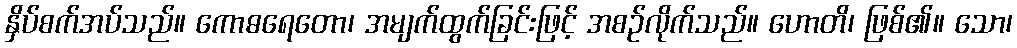
နှိပ်စက်အပ်သည်။ ကောဓရေတော၊ အမျက်ထွက်ခြင်းဖြင့် အစဉ်လိုက်သည်။ ဟောတိ၊ ဖြစ်၏။ သော၊